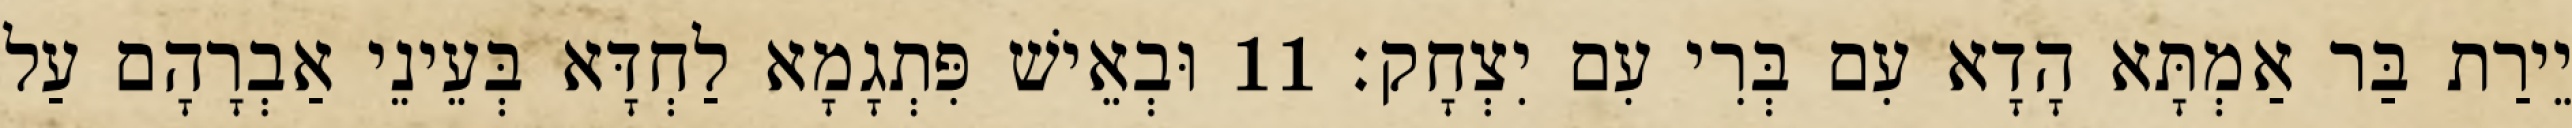
יֵירַת בַּר אַמְתָּא הָדָא עִם בְּרִי עִם יִצְחָק׃ 11 וּבְאֵישׁ פִּתְגָמָא לַחְדָּא בְּעֵינֵי אַבְרָהָם עַל